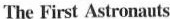
The First Astronauts